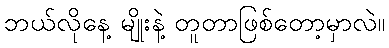
ဘယ်လိုနေ့ မျိုးနဲ့ တူတာဖြစ်တော့မှာလဲ။